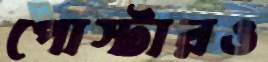
পোস্টারও